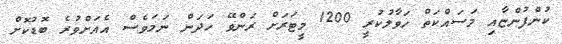
ކުންފުންޏާއި މަސައްކަތް ހަވާލުކުރީ 1200 މީޓަރަށް ރަންވޭ ހަދަން ނަމަވެސް އެއަށްވުރެ ބޮޑުކޮށް